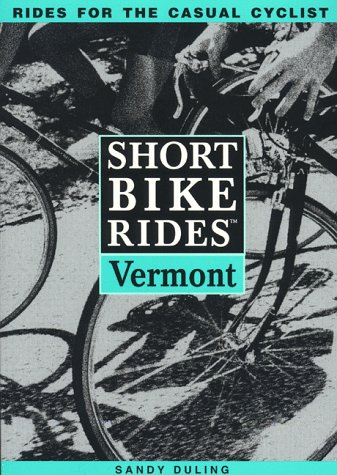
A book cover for Short Bike Rides(tm) in Vermont; Sandy Duling; Travel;